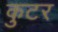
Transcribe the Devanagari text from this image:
कुटर